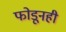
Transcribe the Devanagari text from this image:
फोडूनही